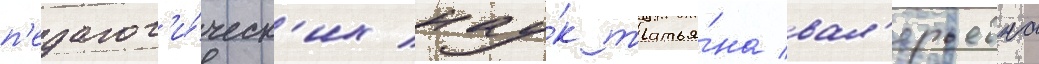
п'едагог'и́ческ'их нау́к татья́на вал'ерьевна